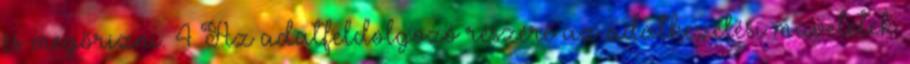
és megőrizni. 4 Az adatfeldolgozó részére az adatkezelési műveletek